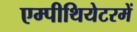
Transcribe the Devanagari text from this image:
एम्पीथियेटरमें